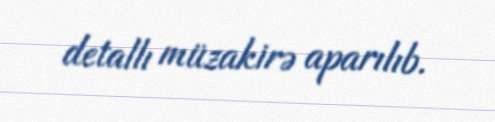
detallı müzakirə aparılıb.